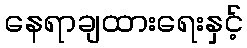
နေရာချထားရေးနှင့်